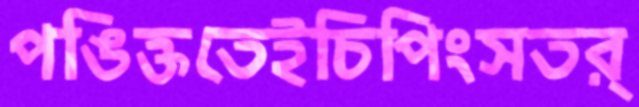
পঙিক্ততেইচিপিংসতর্